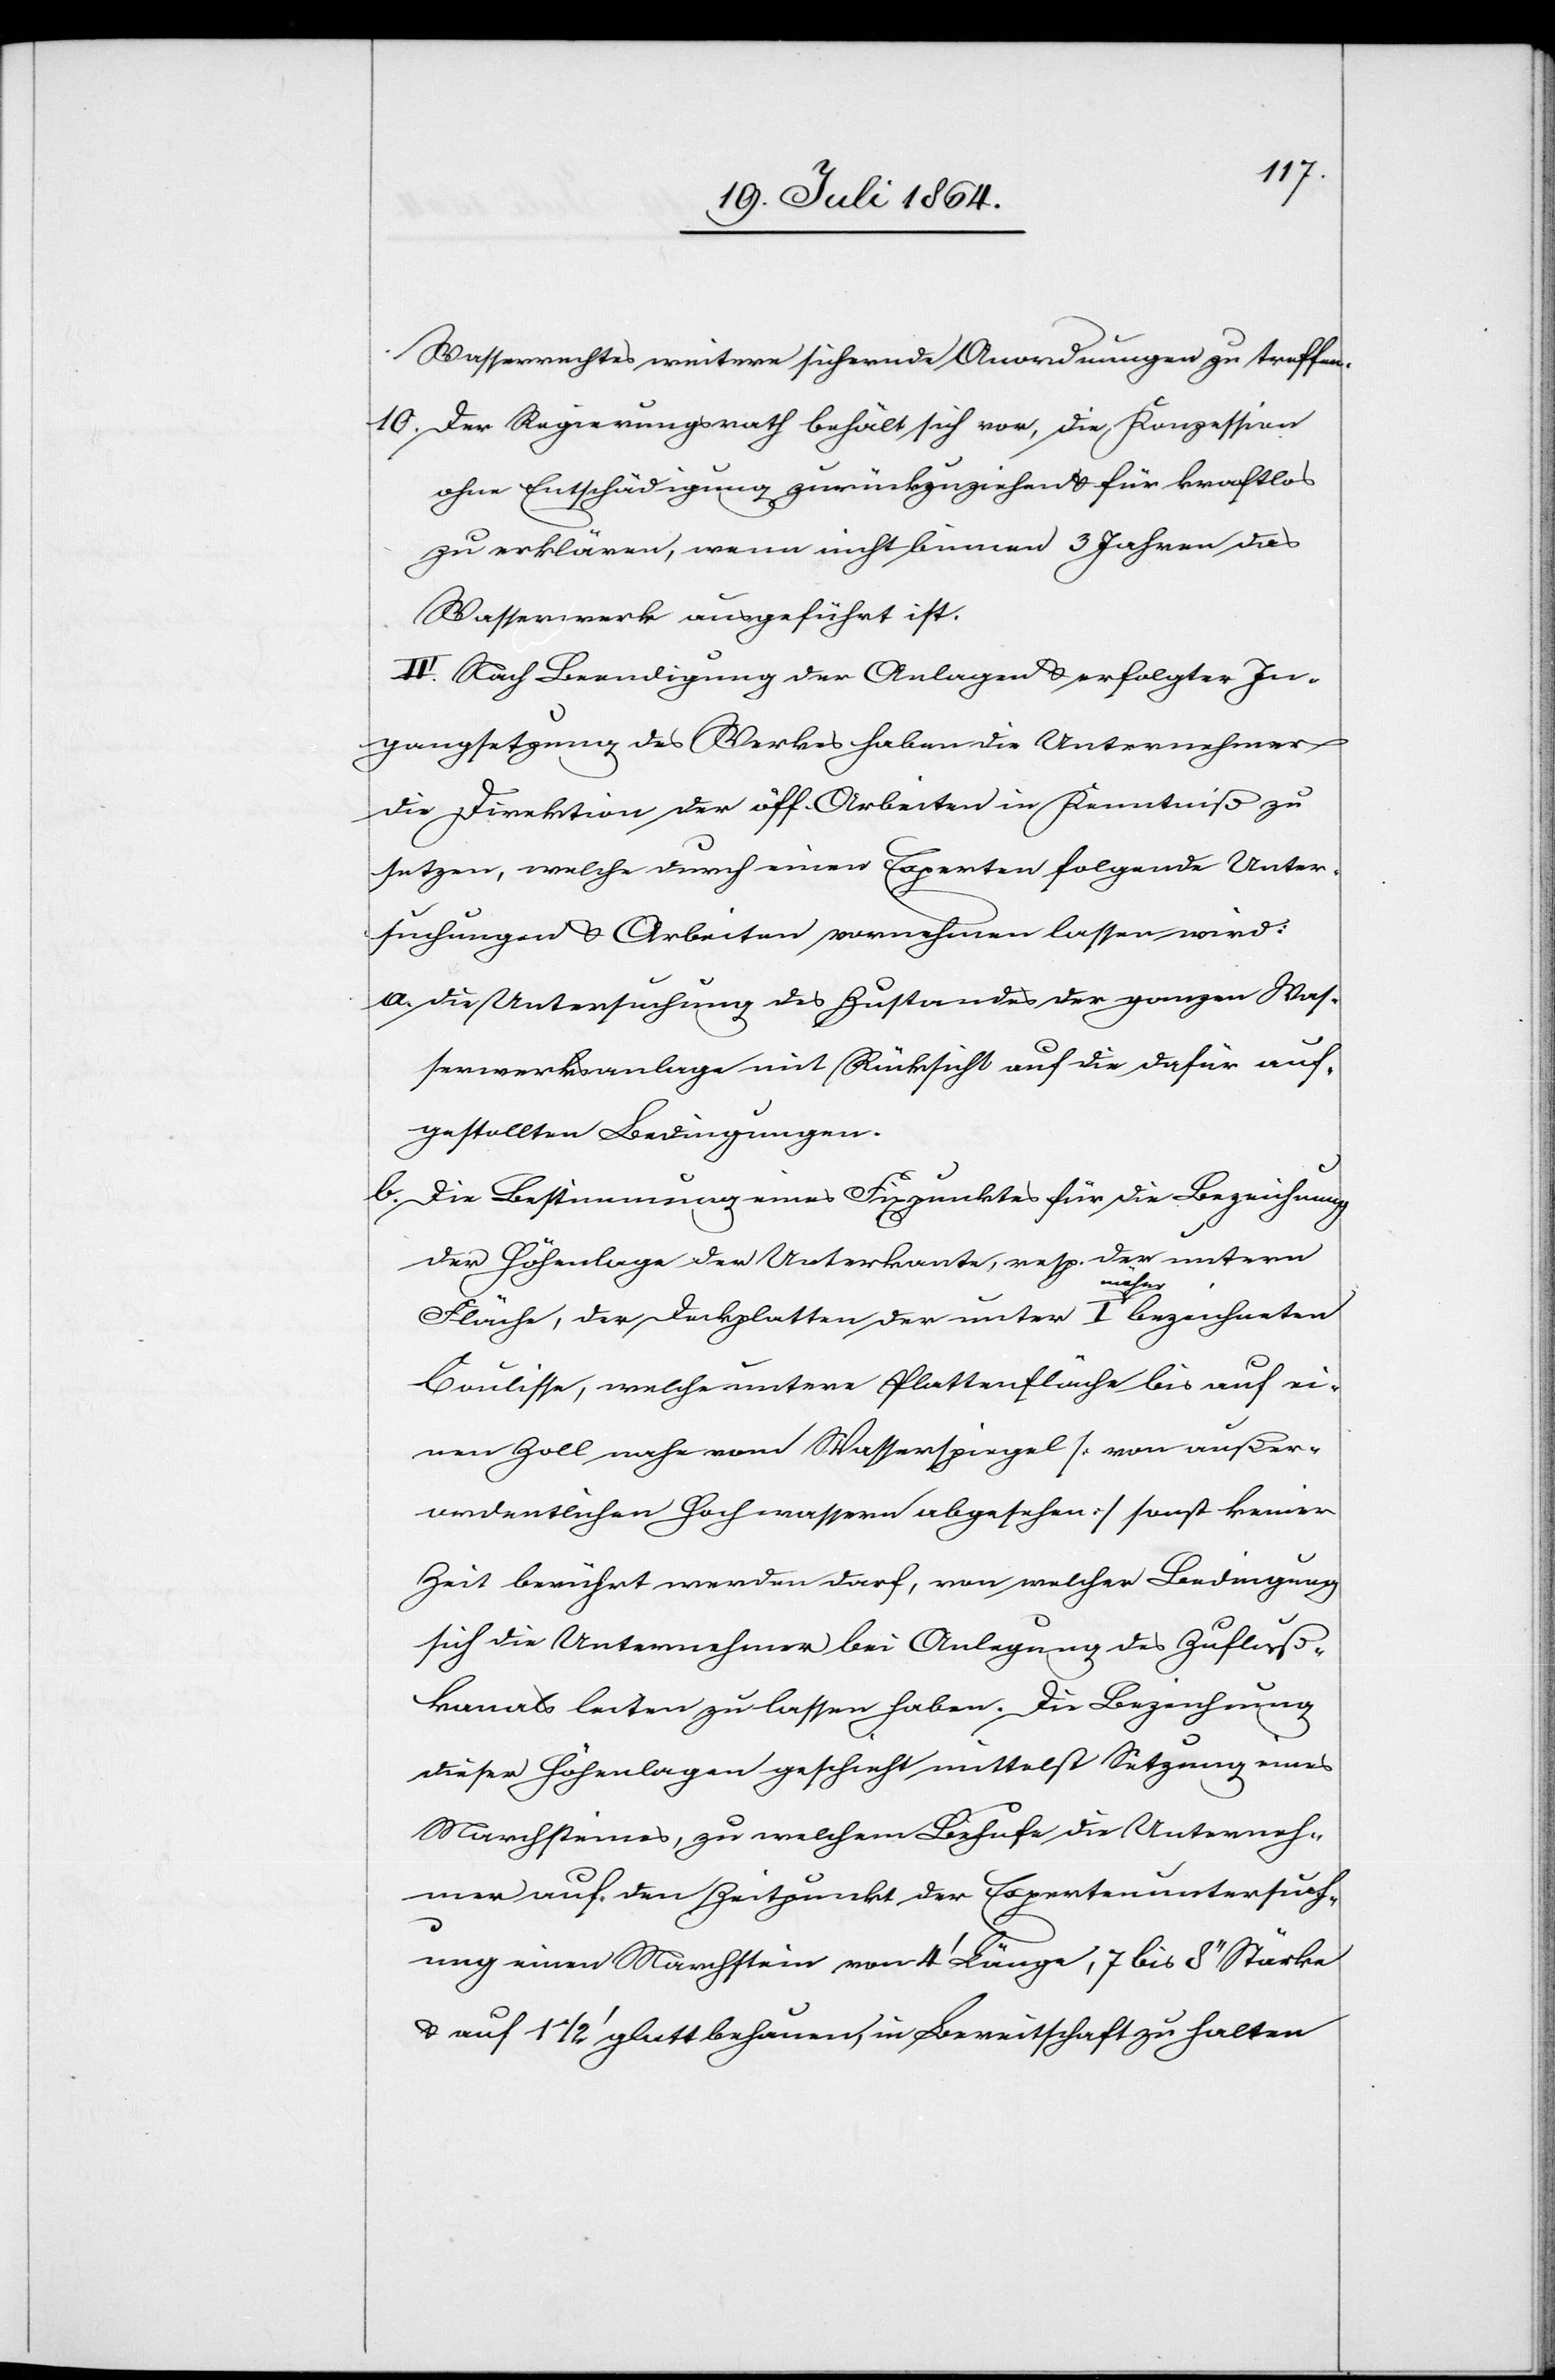
Wasserrechtes weitere sichernde Anordnungen zu treffen.
10. Der Regierungsrath behält sich vor, die Konzession
ohne Entschädigung zurückzuziehen u. für kraftlos
zu erklären, wenn nicht binnen 3 Jahren das
Wasserwerk ausgeführt ist.
III. Nach Beendigung der Anlagen u. erfolgter In¬
gangsetzung des Werkes haben die Unternehmer
die Direktion der öff. Arbeiten in Kenntniß zu
setzen, welche durch einen Experten folgende Unter¬
suchungen u. Arbeiten vornehmen lassen wird:
a. Die Untersuchung des Zustandes der ganzen Was¬
serwerksanlage mit Rücksicht auf die dafür auf¬
gestellten Bedingungen.
b. Bestimmung eines Fixpunktes für die Bezeichnung
der Höhenlage der Unterkante, resp. der untern
Fläche, der Dachplatten der unter I näher bezeichneten
Coulisse, welche untere Plattenfläche bis auf ei¬
nen Zoll nahe vom Wasserspiegel [von außer¬
ordentlichen Hochwassern abgesehen] sonst keiner
Zeit berührt werden darf, von welcher Bedingung
sich die Unternehmer bei der Anlegung des Zufluß¬
kanals leiten zu lassen haben. Die Bezeichnung
dieser Höhenlagen geschieht mittelst Setzung eines
Marchsteines, zu welchem Behufe die Unterneh¬
mer auf den Zeitpunkt der Expertenuntersuch¬
ung einen Marchstein von 4’ Länge, 7 bis 8’’ Stärke
u. auf 1 1/2’ glatt behauen, in Bereitschaft zu halten